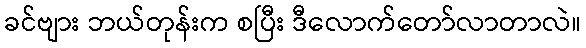
ခင်ဗျား ဘယ်တုန်းက စပြီး ဒီလောက်တော်လာတာလဲ။